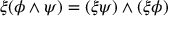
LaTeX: \xi ( \phi \wedge \psi ) = ( \xi \psi ) \wedge ( \xi \phi )